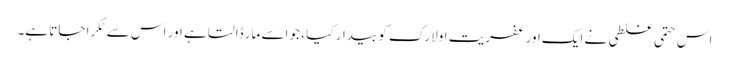
اس حتمی غلطی نے ایک اور عفریت اولارک کو بیدار کیا ، جو اسے مار ڈالتا ہے اور اس سے ٹکرا جاتا ہے۔